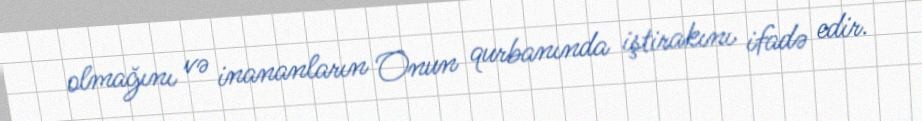
olmağını və inananların Onun qurbanında iştirakını ifadə edir.